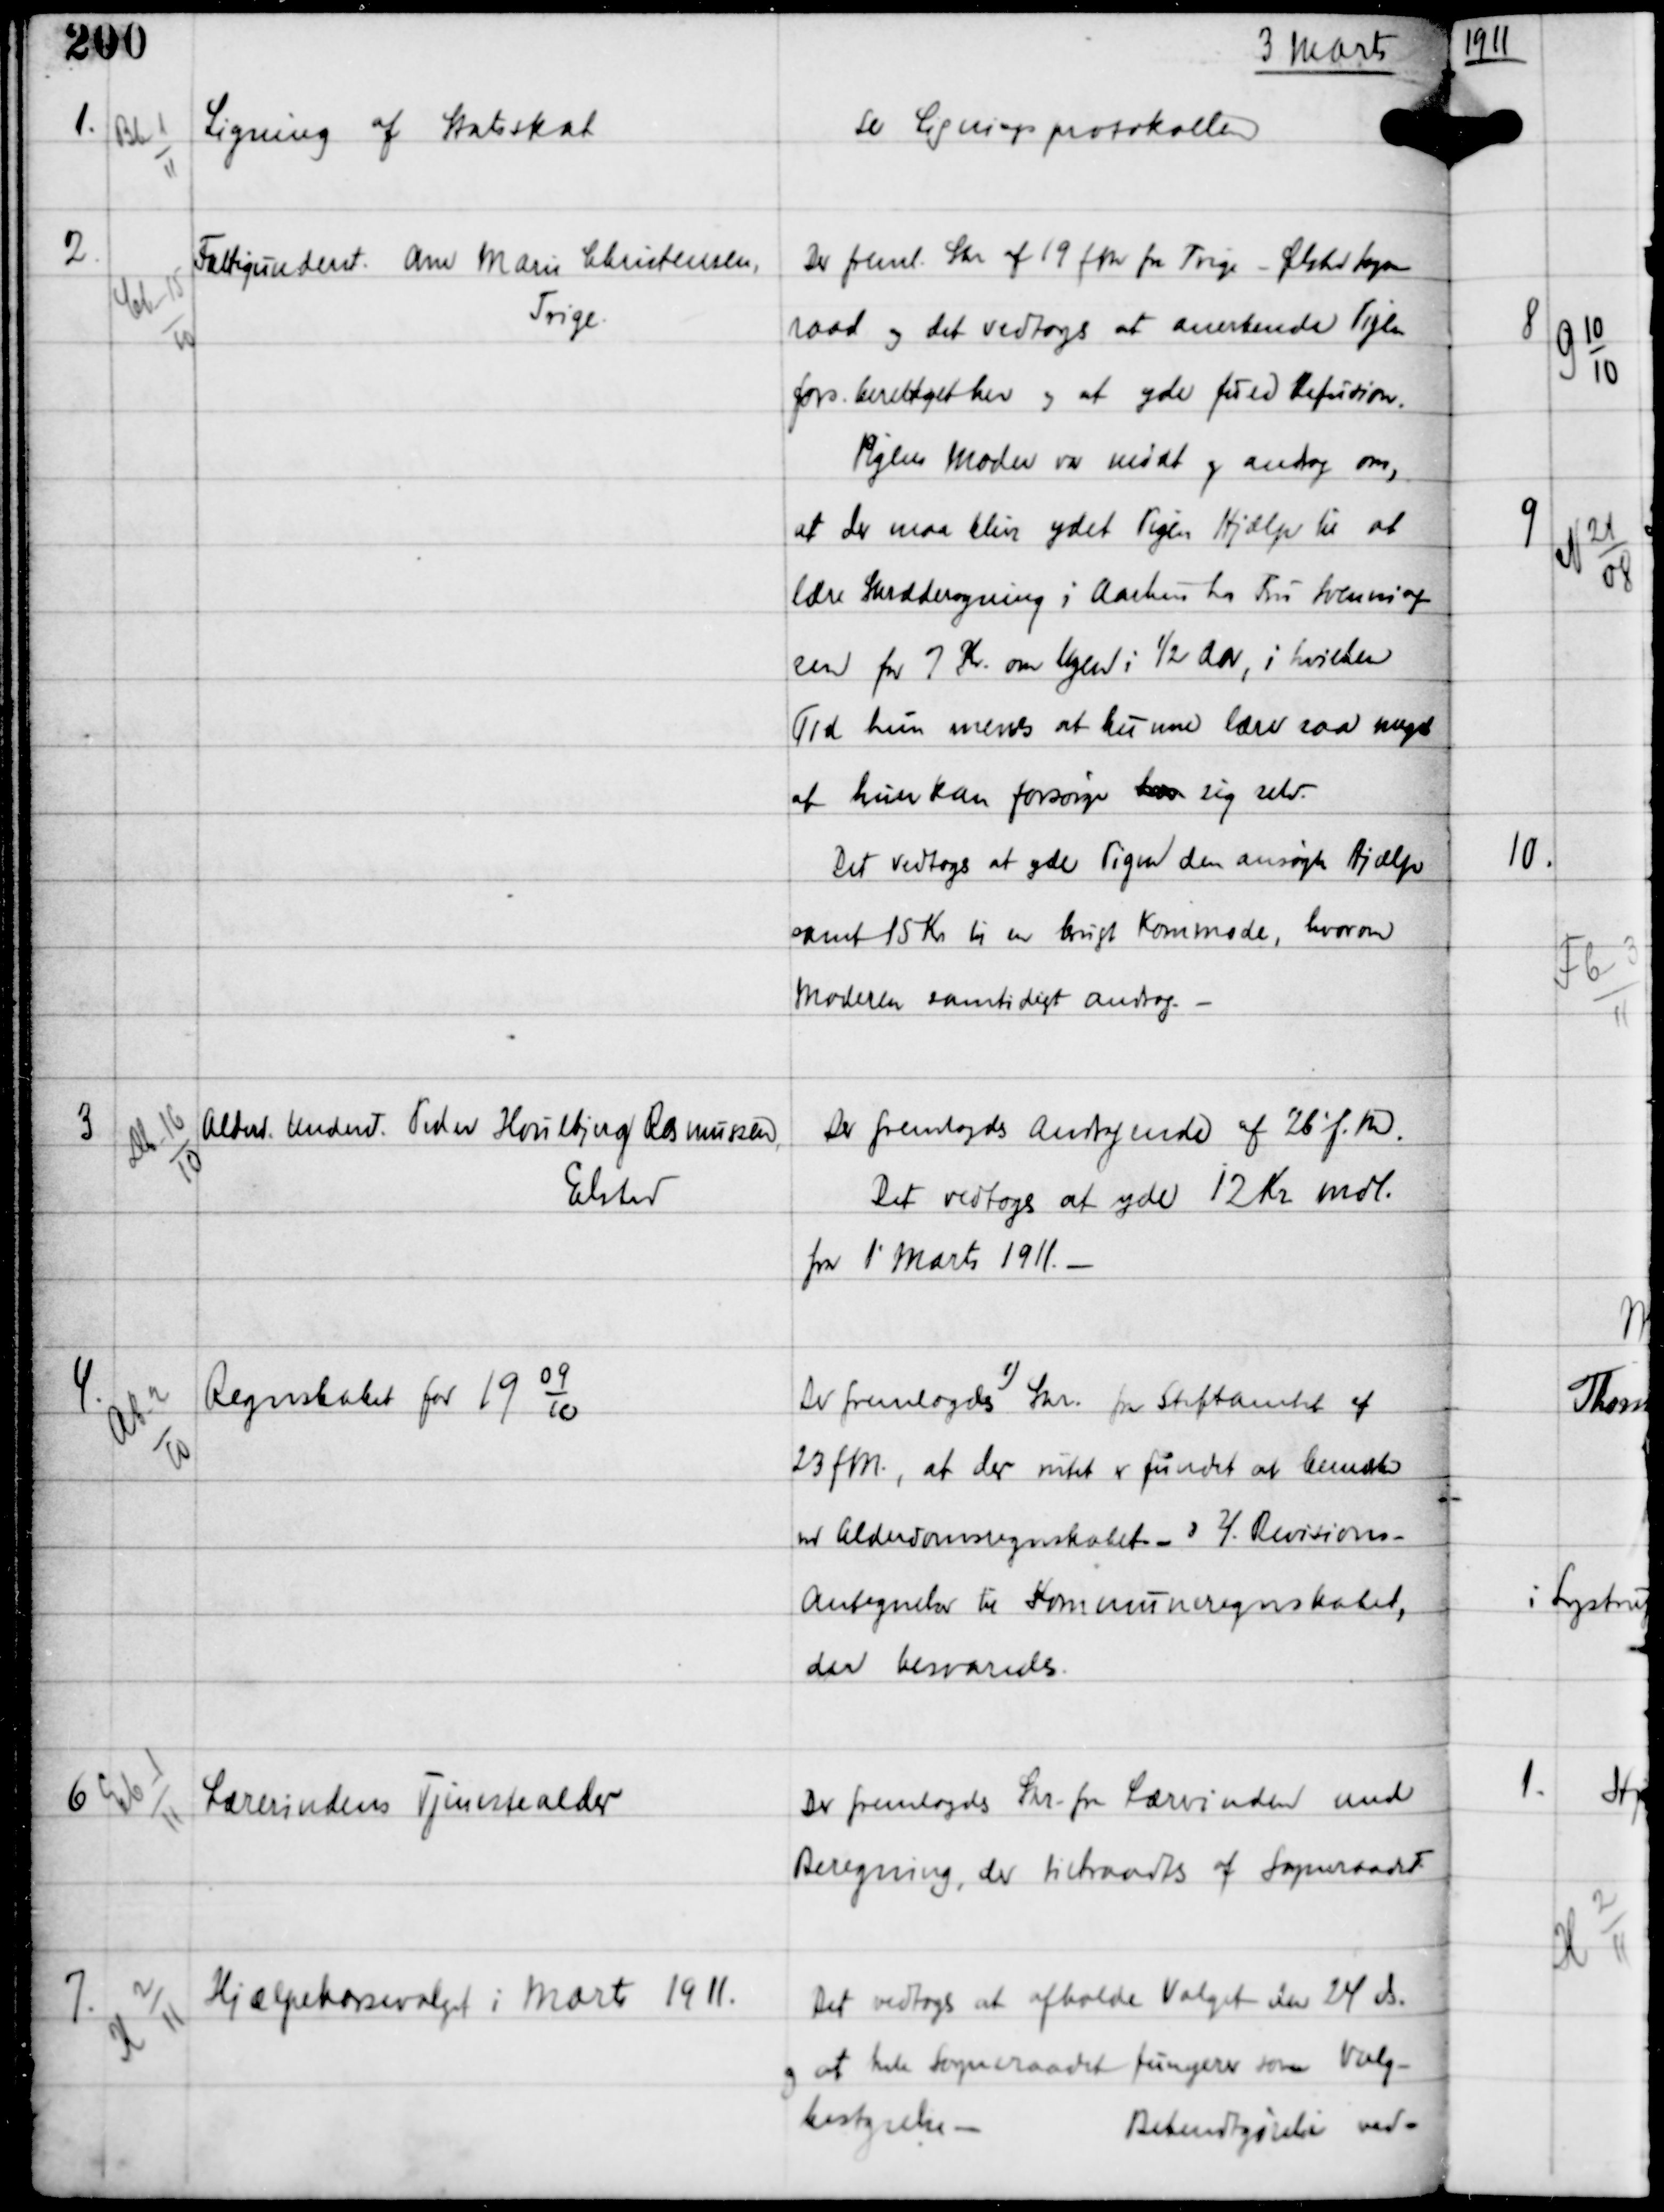
Transskription:
3 Marts

1.

Bd-6
11

Ligning af Statsskat

se Ligningsprotokollen

2.

Cb-15
10

Fattigunderst Ane Marie Christensen
Trige.

Der freml Skr af 19 fM fra Trige - Ølsted Sogne-
raad og det vedtoges at anerkende Pigen
fors. berettiget her og at yde fuld Refusion.
Pigens Moder var mødt og androg om,
at der maa blive ydet Pigen Hjælp til at
lære Skræddersyning i Aarhus hos Fru Svenning-
sen for 7 Kr om Ugen i ½ Aar, i hvilken
 Tid hun menes at kunne lære saa meget
at hun kan forsørge xxx sig selv.
Det vedtoges at yde Pigen den ansøgte Hjælp
samt 15 Kr til en brugt Kommode, hvorom
Moderen samtidigt androg. -

3

Db-16
10

Alderd. Underst. Peder Houlbjerg Rasmussen,
Elsted

Der fremlagdes Andragende af 26' f.M.
Det vedtoges at yde 12 Kr mdl.
fra 1' Marts 1911. -

4.

Ab-2
10

Regnskabet for 19 0910

Der fremlagdes 1) Skr fra Stiftamtet af
23 fM, at der intet er fundet at bemærke
ved Alderdomsregnskabet. - 2) Revisions-
antegnelser til Kommuneregnskabet,
der besvaredes.

6

Cb-1
11

Lærerindens Tjenestealder

Der fremlagdes Skr fra Lærerinden med
Beregning, der tiltraadtes af Sogneraadet

7.

K 2
11

Hjælpekassevalget i Marts 1911.

Det vedtoges at afholde Valget den 24 ds
og at Sogneraadet fungerer som Valg-
bestyrelse. -
Bekendtgørelse ved-